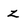
Character: z